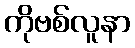
ကိုဗစ်လူနာ